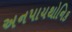
અનપાયથોનિક